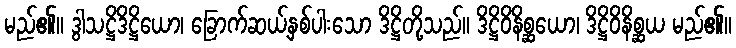
မည်၏။ ဒွါသဋ္ဌိဒိဋ္ဌိယော၊ ခြောက်ဆယ့်နှစ်ပါးသော ဒိဋ္ဌိတို့သည်။ ဒိဋ္ဌိဝိနိစ္ဆယော၊ ဒိဋ္ဌိဝိနိစ္ဆယ မည်၏။